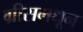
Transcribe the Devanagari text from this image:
ग्रीसमधून